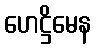
ဟေဋ္ဌိမေန